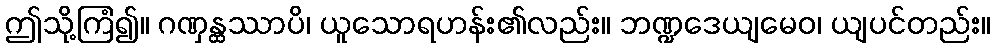
ဤသို့ကြံ၍။ ဂဏှန္ထဿာပိ၊ ယူသောရဟန်း၏လည်း။ ဘဏ္ဍဒေယျမေဝ၊ ယျပင်တည်း။